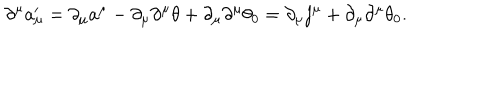
\partial ^ { \mu } a _ { \mu } ^ { \prime } = \partial _ { \mu } a ^ { \mu } - \partial _ { \mu } \partial ^ { \mu } \theta + \partial _ { \mu } \partial ^ { \mu } \theta _ { 0 } = \partial _ { \mu } j ^ { \mu } + \partial _ { \mu } \partial ^ { \mu } \theta _ { 0 } .